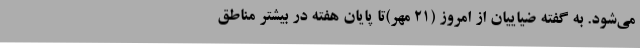
می‌شود. به گفته ضیاییان از امروز (21 مهر)تا پایان هفته در بیشتر مناطق